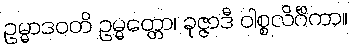
ဥမ္မာဒဝတိ ဥမ္မတ္တော၊ ခုဇ္ဇာဒီ ဝါစ္စလိင်္ဂိကာ။